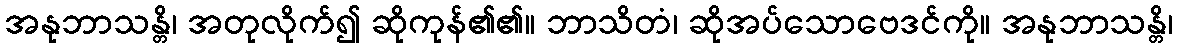
အနုဘာသန္တိ၊ အတုလိုက်၍ ဆိုကုန်၏၏။ ဘာသိတံ၊ ဆိုအပ်သောဗေဒင်ကို။ အနုဘာသန္တိ၊